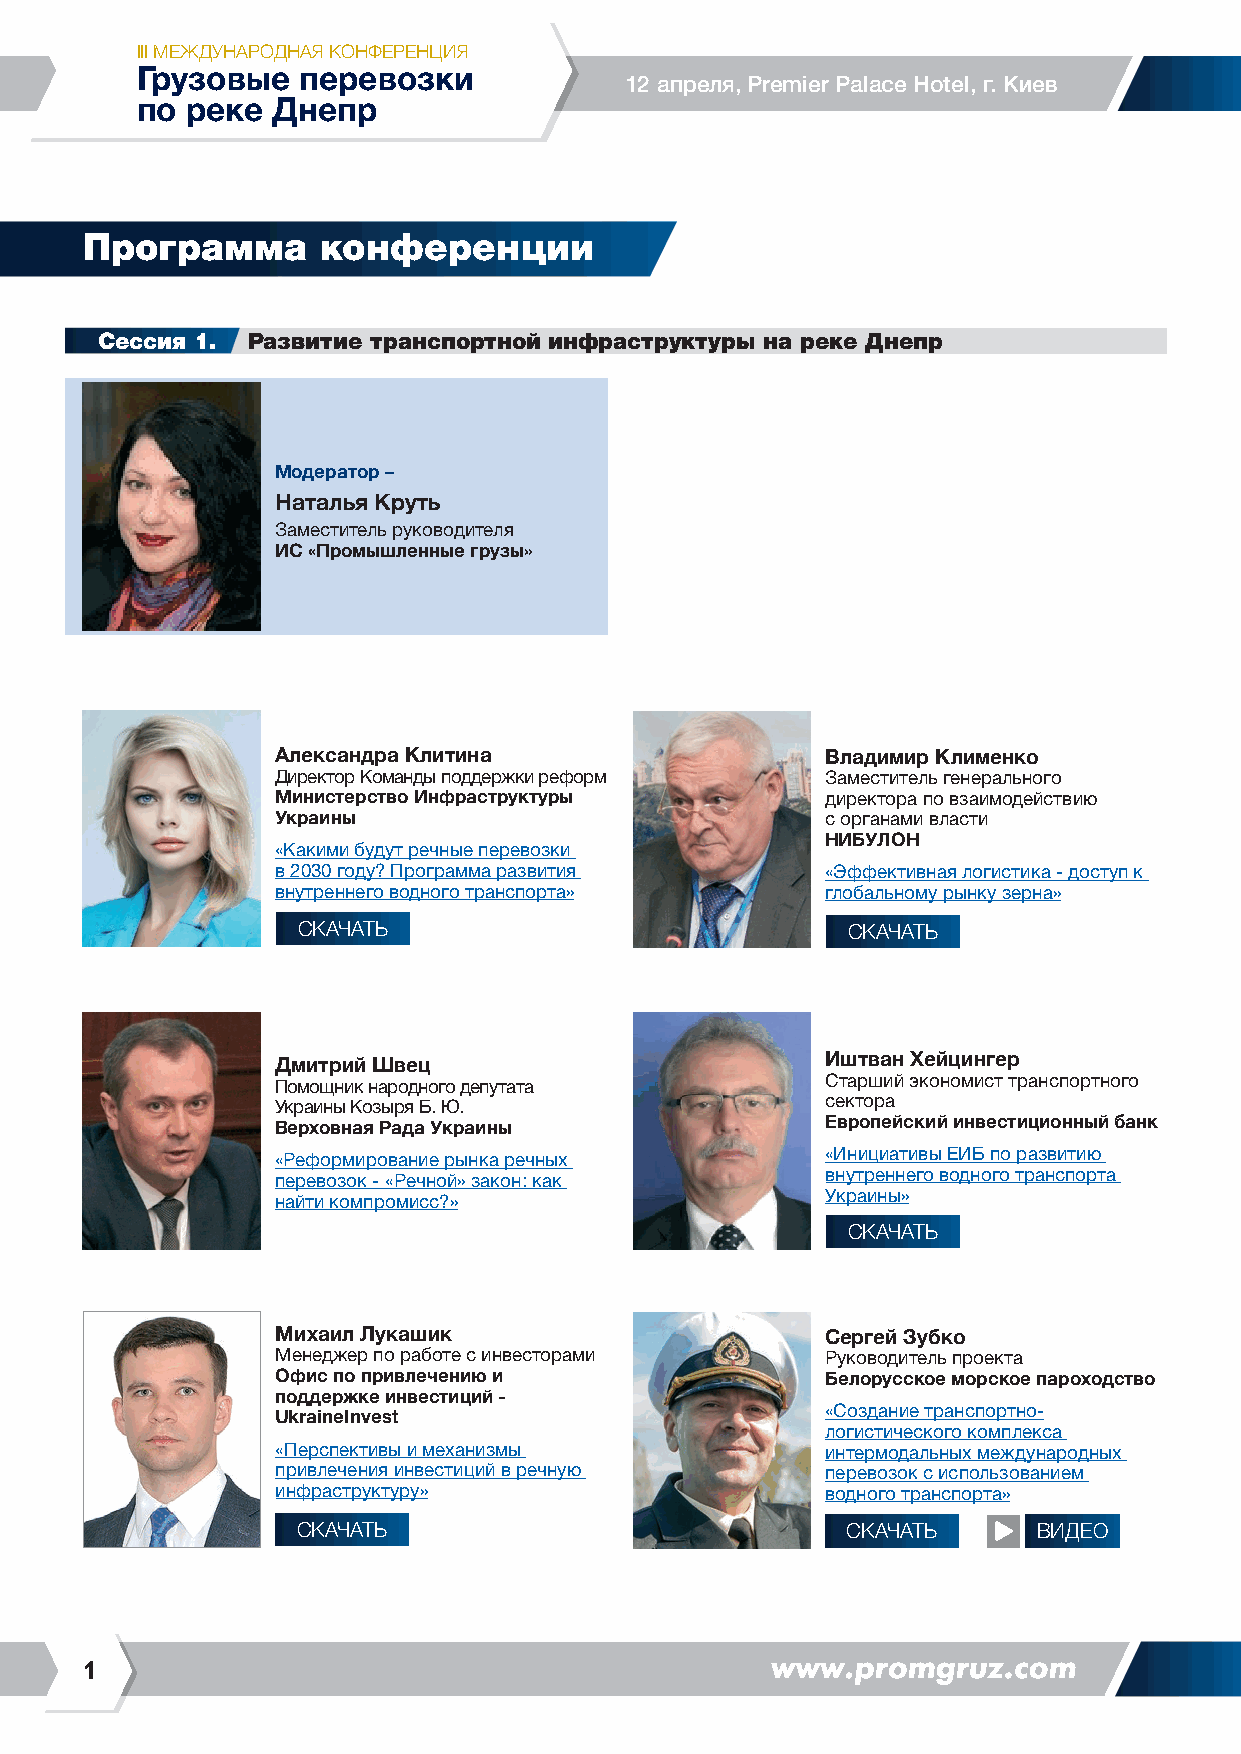
III международная Конференция
 Грузовые   перевозки
 12 апреля, Premier Palace Hotel, г. Киев
 по реке  Днепр
 Программа       конференции
 Сессия 1. Развитие транспортной инфраструктуры на реке Днепр
 Модератор –
 Наталья Круть
 Заместитель руководителя
 ИС «Промышленные грузы»
 Александра Клитина                   Владимир Клименко
 Директор Команды поддержки реформ    Заместитель генерального
 Министерство Инфраструктуры          директора по взаимодействию
 Украины                              с органами власти
 НИБУЛОН
 «Какими будут речные перевозки
 в 2030 году? Программа развития      «Эффективная логистика - доступ к
 внутреннего водного транспорта»      глобальному рынку зерна»
 СКАЧАТЬ                             СКАЧАТЬ
 Дмитрий Швец                         Иштван Хейцингер
 Помощник народного депутата          Старший экономист транспортного
 Украины Козыря Б. Ю.                 сектора
 Верховная Рада Украины               Европейский инвестиционный банк
 «Реформирование рынка речных         «Инициативы ЕИБ по развитию
 перевозок - «Речной» закон: как      внутреннего водного транспорта
 найти компромисс?»                   Украины»
 СКАЧАТЬ
 Михаил Лукашик                       Сергей Зубко
 Менеджер по работе с инвесторами     Руководитель проекта
 Офис по привлечению и                Белорусское морское пароходство
 поддержке инвестиций -
 UkraineInvest                        «Создание транспортно-
 логистического комплекса
 «Перспективы и механизмы             интермодальных международных
 привлечения инвестиций в речную      перевозок с использованием
 инфраструктуру»                      водного транспорта»
 СКАЧАТЬ                             СКАЧАТЬ      Видео
 1